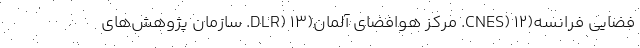
فضایی فرانسه(CNES) ۱۲. مرکز هوافضای آلمان(DLR) ۱۳. سازمان پژوهش‌های